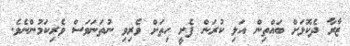
ޒާރާ ދެކޮޅަށް ބައްތިން އަލި ކުރަން ފެށީ ހިތަށް ވެރިވި ނުތަނަވަސް ވެރިކަމުންނެވެ.